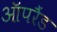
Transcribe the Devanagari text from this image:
ऑपरैंड